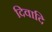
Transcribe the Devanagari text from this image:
दिवादि